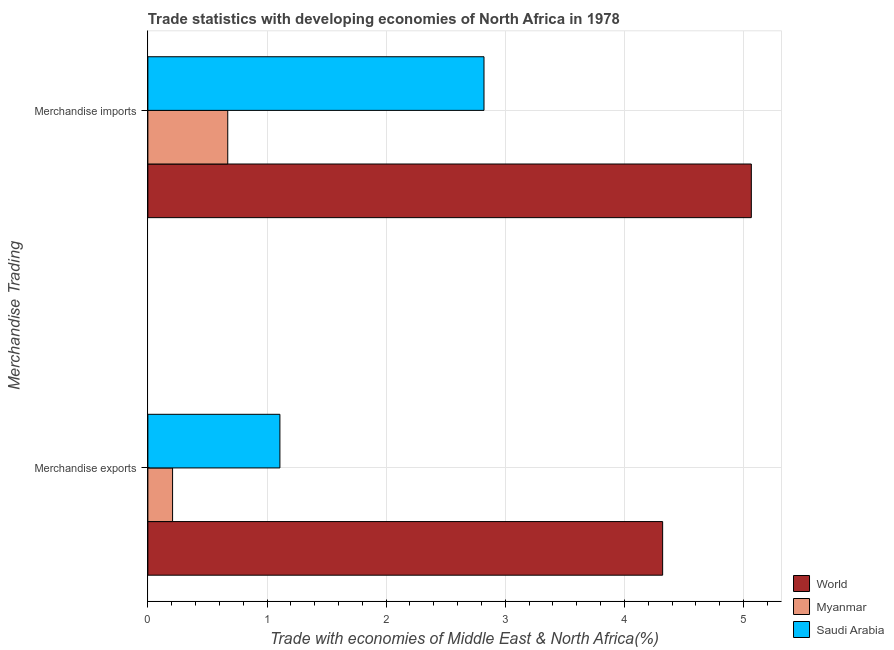
| Merchandise Trading | World | Myanmar | Saudi Arabia |
 | --- | --- | --- | --- |
 | Merchandise exports | 4.32 | 0.207 | 1.11 |
 | Merchandise imports | 5.07 | 0.671 | 2.82 |